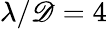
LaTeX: \lambda/\mathscr{D}=4